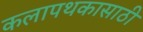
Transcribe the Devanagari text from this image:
कलापथकासाठी